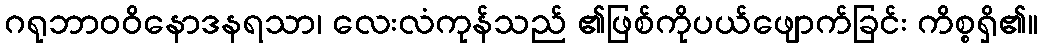
ဂရုဘာဝဝိနောဒနရသာ၊ လေးလံကုန်သည် ၏ဖြစ်ကိုပယ်ဖျောက်ခြင်း ကိစ္စရှိ၏။